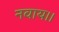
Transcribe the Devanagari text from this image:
नवाय।।